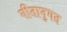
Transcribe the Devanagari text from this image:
गीतानुगत